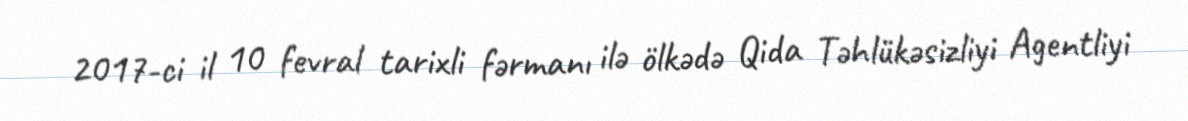
2017-ci il 10 fevral tarixli fərmanı ilə ölkədə Qida Təhlükəsizliyi Agentliyi